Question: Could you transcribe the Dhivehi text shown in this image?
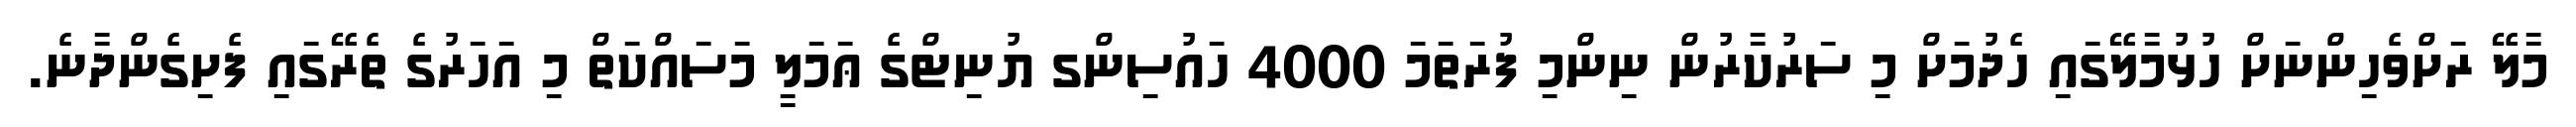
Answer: މާލޭ ރަށްވެހިންނަށް ހުޅުމާލޭގައި ހެދުމަށް މި ސަރުކާރުން ނިންމި ފުރަތަމަ 4000 ހައުސިންގ ޔުނިޓްގެ ޢަމަލީ މަސައްކަތް މި އަހަރުގެ ތެރޭގައި ފެށިގެންދާނެ.